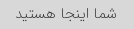
شما اینجا هستید